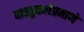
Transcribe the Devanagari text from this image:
वास्तुकलेप्रमाणे